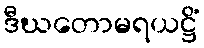
ဒီဃတောမရယဋ္ဌိံ